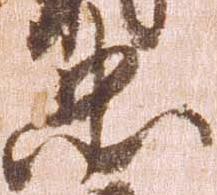
忠